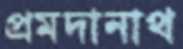
প্রমদানাথ